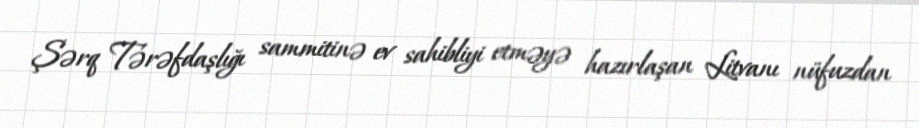
Şərq Tərəfdaşlığı sammitinə ev sahibliyi etməyə hazırlaşan Litvanı nüfuzdan